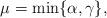
LaTeX: \begin{align*} \mu=\min\{\alpha , \gamma\},\end{align*}